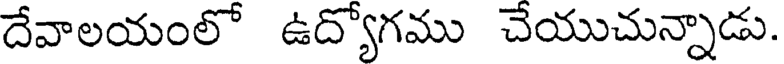
దేవాలయంలో ఉద్యోగము చేయుచున్నాడు.